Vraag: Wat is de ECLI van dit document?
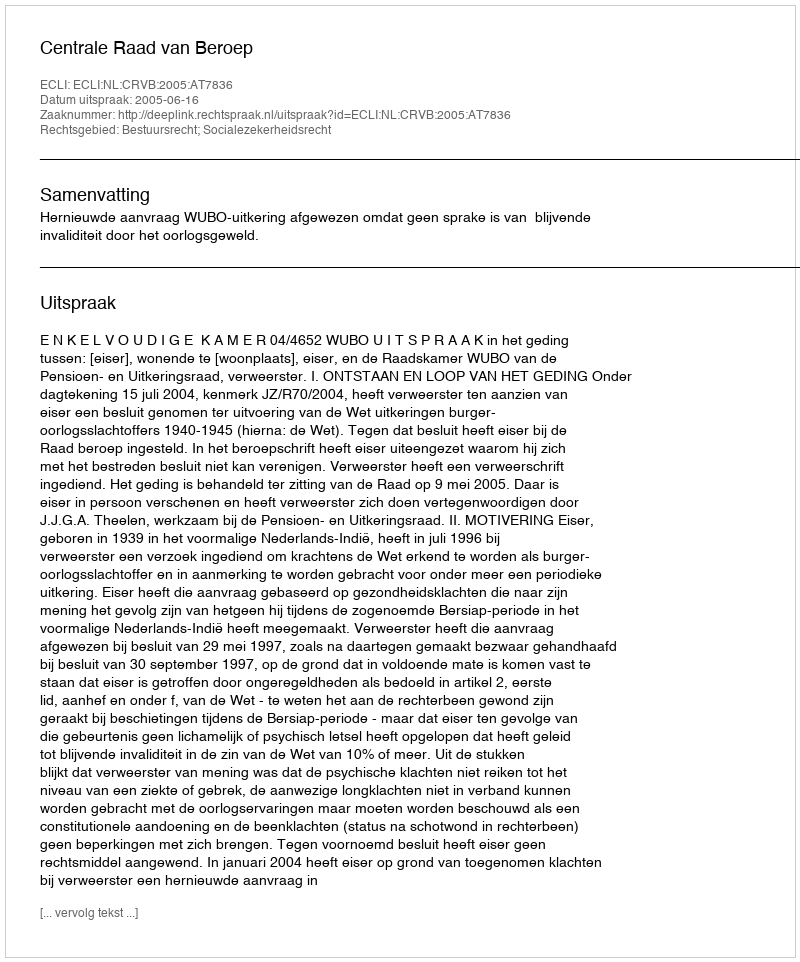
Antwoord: ECLI:NL:CRVB:2005:AT7836